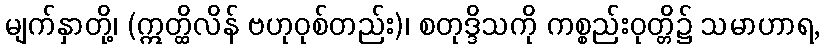
မျက်နှာတို့၊ (ဣတ္ထိလိန် ဗဟုဝုစ်တည်း)၊ စတုဒ္ဒိသကို ကစ္စည်းဝုတ္တိ၌ သမာဟာရ,